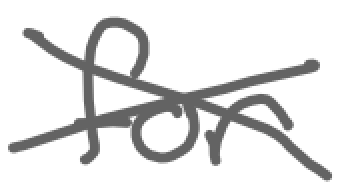
Text: for
Cross-out: cross
Writing tool: digital_gray